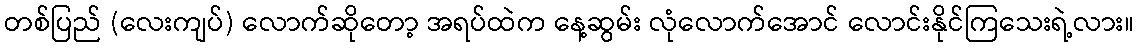
တစ်ပြည် (လေးကျပ်) လောက်ဆိုတော့ အရပ်ထဲက နေ့ဆွမ်း လုံလောက်အောင် လောင်းနိုင်ကြသေးရဲ့လား။